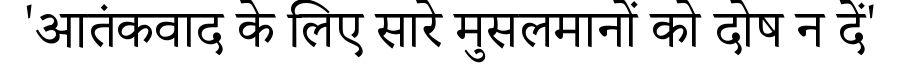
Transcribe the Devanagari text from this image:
'आतंकवाद के लिए सारे मुसलमानों को दोष न दें'